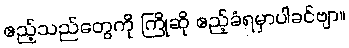
ဧည့်သည်တွေကို ကြိုဆို ဧည့်ခံရမှာပါခင်ဗျာ။